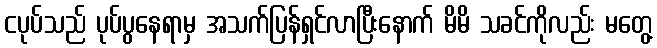
ငပုပ်သည် ပုပ်ပွနေရာမှ အသက်ပြန်ရှင်လာပြီးနောက် မိမိ သခင်ကိုလည်း မတွေ့